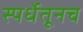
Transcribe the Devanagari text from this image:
स्पर्धेतूनच